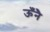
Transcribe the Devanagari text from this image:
ऊँनै